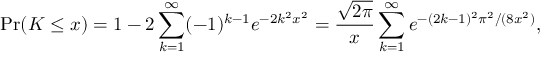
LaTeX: \Pr ( K \leq x ) = 1 - 2 \sum _ { k = 1 } ^ { \infty } ( - 1 ) ^ { k - 1 } e ^ { - 2 k ^ { 2 } x ^ { 2 } } = { \frac { \sqrt { 2 \pi } } { x } } \sum _ { k = 1 } ^ { \infty } e ^ { - ( 2 k - 1 ) ^ { 2 } \pi ^ { 2 } / ( 8 x ^ { 2 } ) } ,